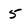
Character: 5